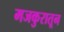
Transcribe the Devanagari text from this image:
मजकुरातून